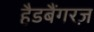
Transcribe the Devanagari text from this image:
हैडबैंगरज़